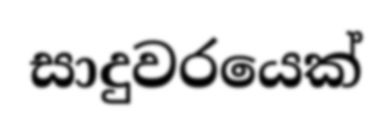
සාදුවරයෙක්